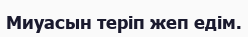
Миуасын теріп жеп едім.